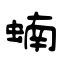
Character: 蝻